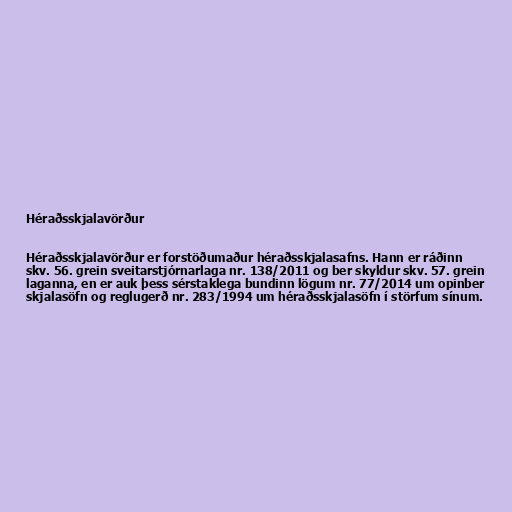
Héraðsskjalavörður

Héraðsskjalavörður er forstöðumaður héraðsskjalasafns. Hann er ráðinn
skv. 56. grein sveitarstjórnarlaga nr. 138/2011 og ber skyldur skv. 57. grein
laganna, en er auk þess sérstaklega bundinn lögum nr. 77/2014 um opinber
skjalasöfn og reglugerð nr. 283/1994 um héraðsskjalasöfn í störfum sínum.